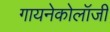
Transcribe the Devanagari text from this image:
गायनेकोलॉजी